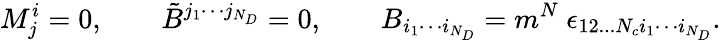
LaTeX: M_{j}^{i}=0,\qquad\tilde{B}^{j_{1}\cdots j_{N_{D}}}=0,\qquad B_{i_{1}\cdots i_{N_{D}}}=m^{N}\ \epsilon_{12...N_{c}i_{1}\cdots i_{N_{D}}}.